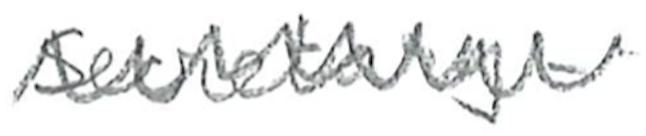
Text: Secretary-
Cross-out: zig-zag
Writing tool: pencil